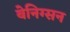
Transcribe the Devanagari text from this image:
बेनिग्सन